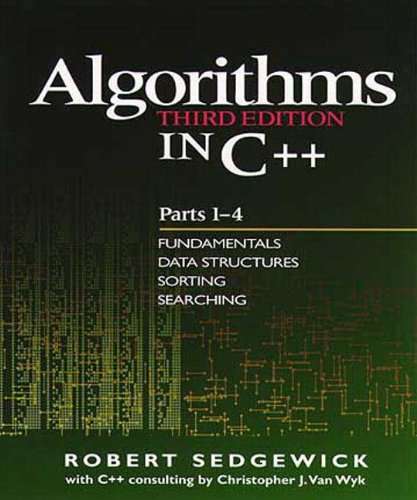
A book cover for Algorithms in C++, Parts 1-4: Fundamentals, Data Structure, Sorting, Searching, Third Edition; Robert Sedgewick; Computers & Technology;